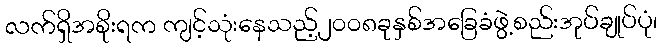
လက်ရှိအစိုးရက ကျင့်သုံးနေသည့်၂၀၀၈ခုနှစ်အခြေခံဖွဲ့စည်းအုပ်ချုပ်ပုံ၊